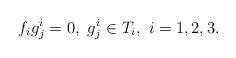
LaTeX: \begin{align*}f_ig^i_j = 0,\ g^i_j\in T_i,\ i=1,2,3. \end{align*}